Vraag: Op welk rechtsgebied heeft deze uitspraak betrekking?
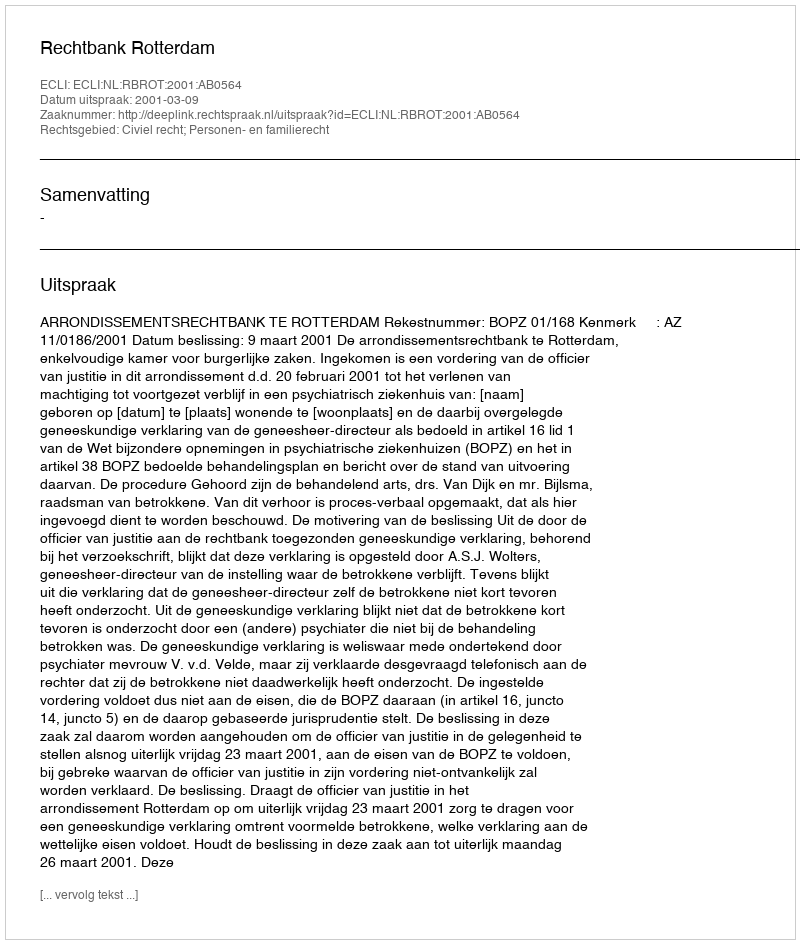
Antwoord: Civiel recht; Personen- en familierecht